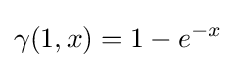
\gamma (1,x)=1-e^{-x}